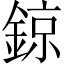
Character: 鍄